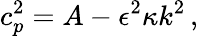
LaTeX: c_{p}^{2}=A-\epsilon^{2}\kappa k^{2}\, ,